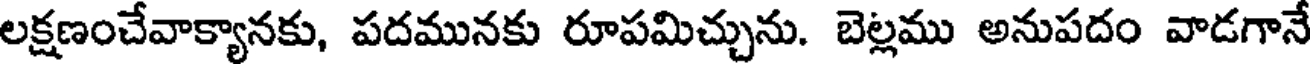
లక్షణంచేవాక్యానకు, పదమునకు రూపమిచ్చును. బెల్లము అనుపదం వాడగానే